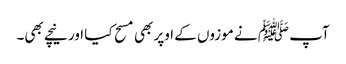
آپ ﷺ نے موزوں کے اوپر بھی مسح کیا اور نیچے بھی۔